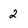
Character: 2